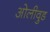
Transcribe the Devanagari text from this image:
ओलीवुड